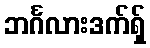
ဘင်္ဂလားဒက်ရှ်